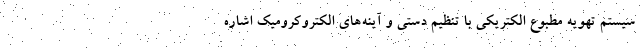
سیستم تهویه مطبوع الکتریکی با تنظیم دستی و آینه‌های الکتروکرومیک اشاره